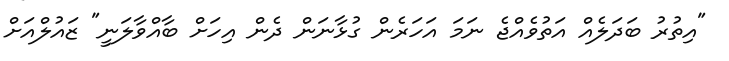
"އިތުރު ބަދަލެއް އަތުވެއްޖެ ނަމަ އަހަރެން ގުޅާނަން ދެން އިހަށް ބާއްވާލަނީ" ޒައުލްއަށް